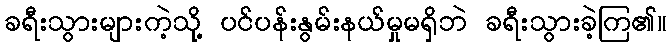
ခရီးသွားများကဲ့သို့ ပင်ပန်းနွမ်းနယ်မှုမရှိဘဲ ခရီးသွားခဲ့ကြ၏။